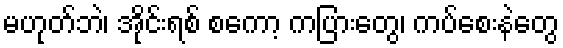
မဟုတ်ဘဲ၊ အိုင်းရစ် စကော့ ကပြားတွေ၊ ကပ်စေးနဲတွေ